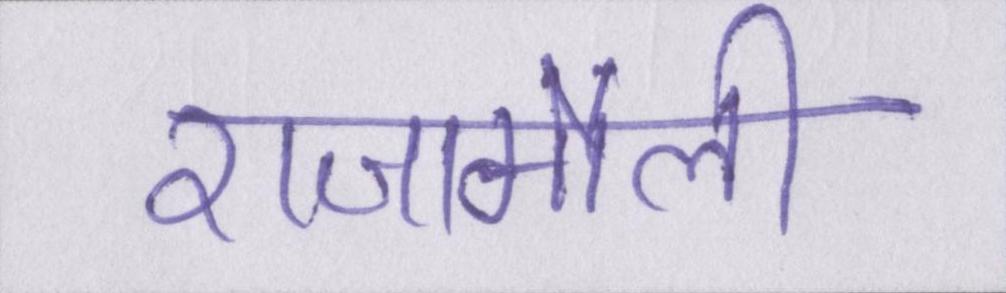
राजामौली